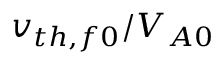
v _ { t h , f 0 } / V _ { A 0 }